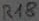
Text: R18